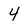
Character: 4